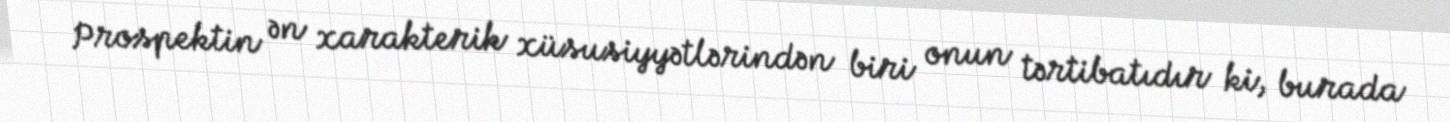
Prospektin ən xarakterik xüsusiyyətlərindən biri onun tərtibatıdır ki, burada